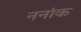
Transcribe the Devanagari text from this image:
ननांक